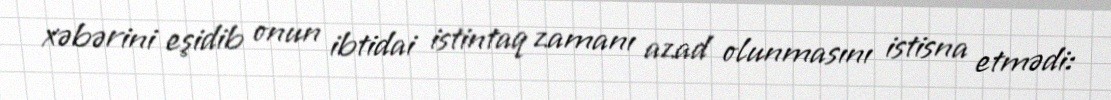
xəbərini eşidib onun ibtidai istintaq zamanı azad olunmasını istisna etmədi: